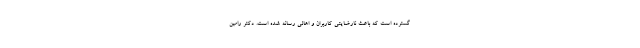
گسترده است که باعث نارضایتی کاربران و اهالی رسانه شده است. دکتر رامین